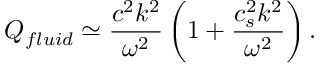
Q _ { f l u i d } \simeq \frac { c ^ { 2 } k ^ { 2 } } { \omega ^ { 2 } } \left( 1 + \frac { c _ { s } ^ { 2 } k ^ { 2 } } { \omega ^ { 2 } } \right) .